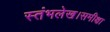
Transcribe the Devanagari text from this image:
स्तंभलेख।समीक्षा